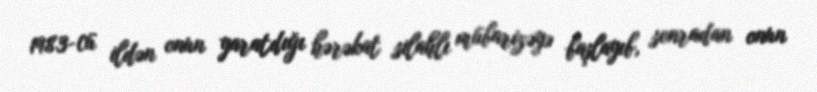
1983-cü ildən onun yaratdığı hərəkat silahlı mübarizəyə başlayıb, sonradan onun